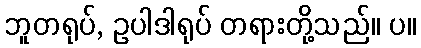
ဘူတရုပ်, ဥပါဒါရုပ် တရားတို့သည်။ ပ။